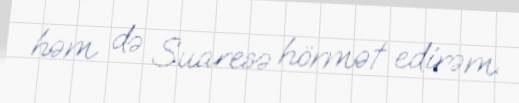
həm də Suaresə hörmət edirəm.